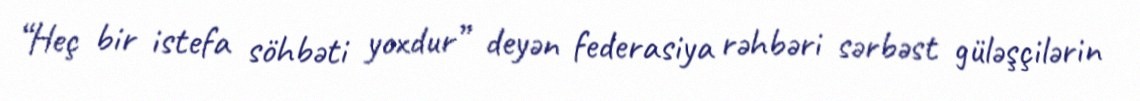
“Heç bir istefa söhbəti yoxdur” deyən federasiya rəhbəri sərbəst güləşçilərin